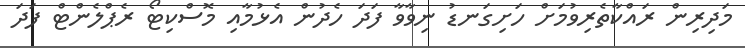
މަދިރިން ރައްކާތެރިވުމަށް ހަށިގަނޑު ނިވާވާ ފަދަ ހެދުން އެޅުމާއި މޮސްކިޓޯ ރެޕްލެންޓް ފަދަ